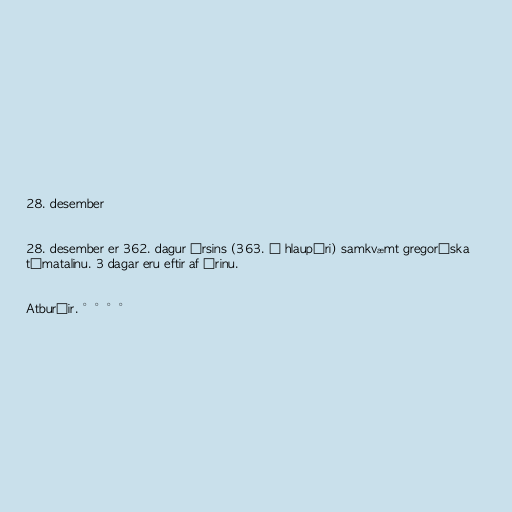
28. desember

28. desember er 362. dagur ársins (363. á hlaupári) samkvæmt gregoríska
tímatalinu. 3 dagar eru eftir af árinu.

Atburðir. °°°°